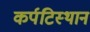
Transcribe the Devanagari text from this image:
कर्पटिस्थानं